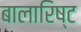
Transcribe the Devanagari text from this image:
बालारिष्ट